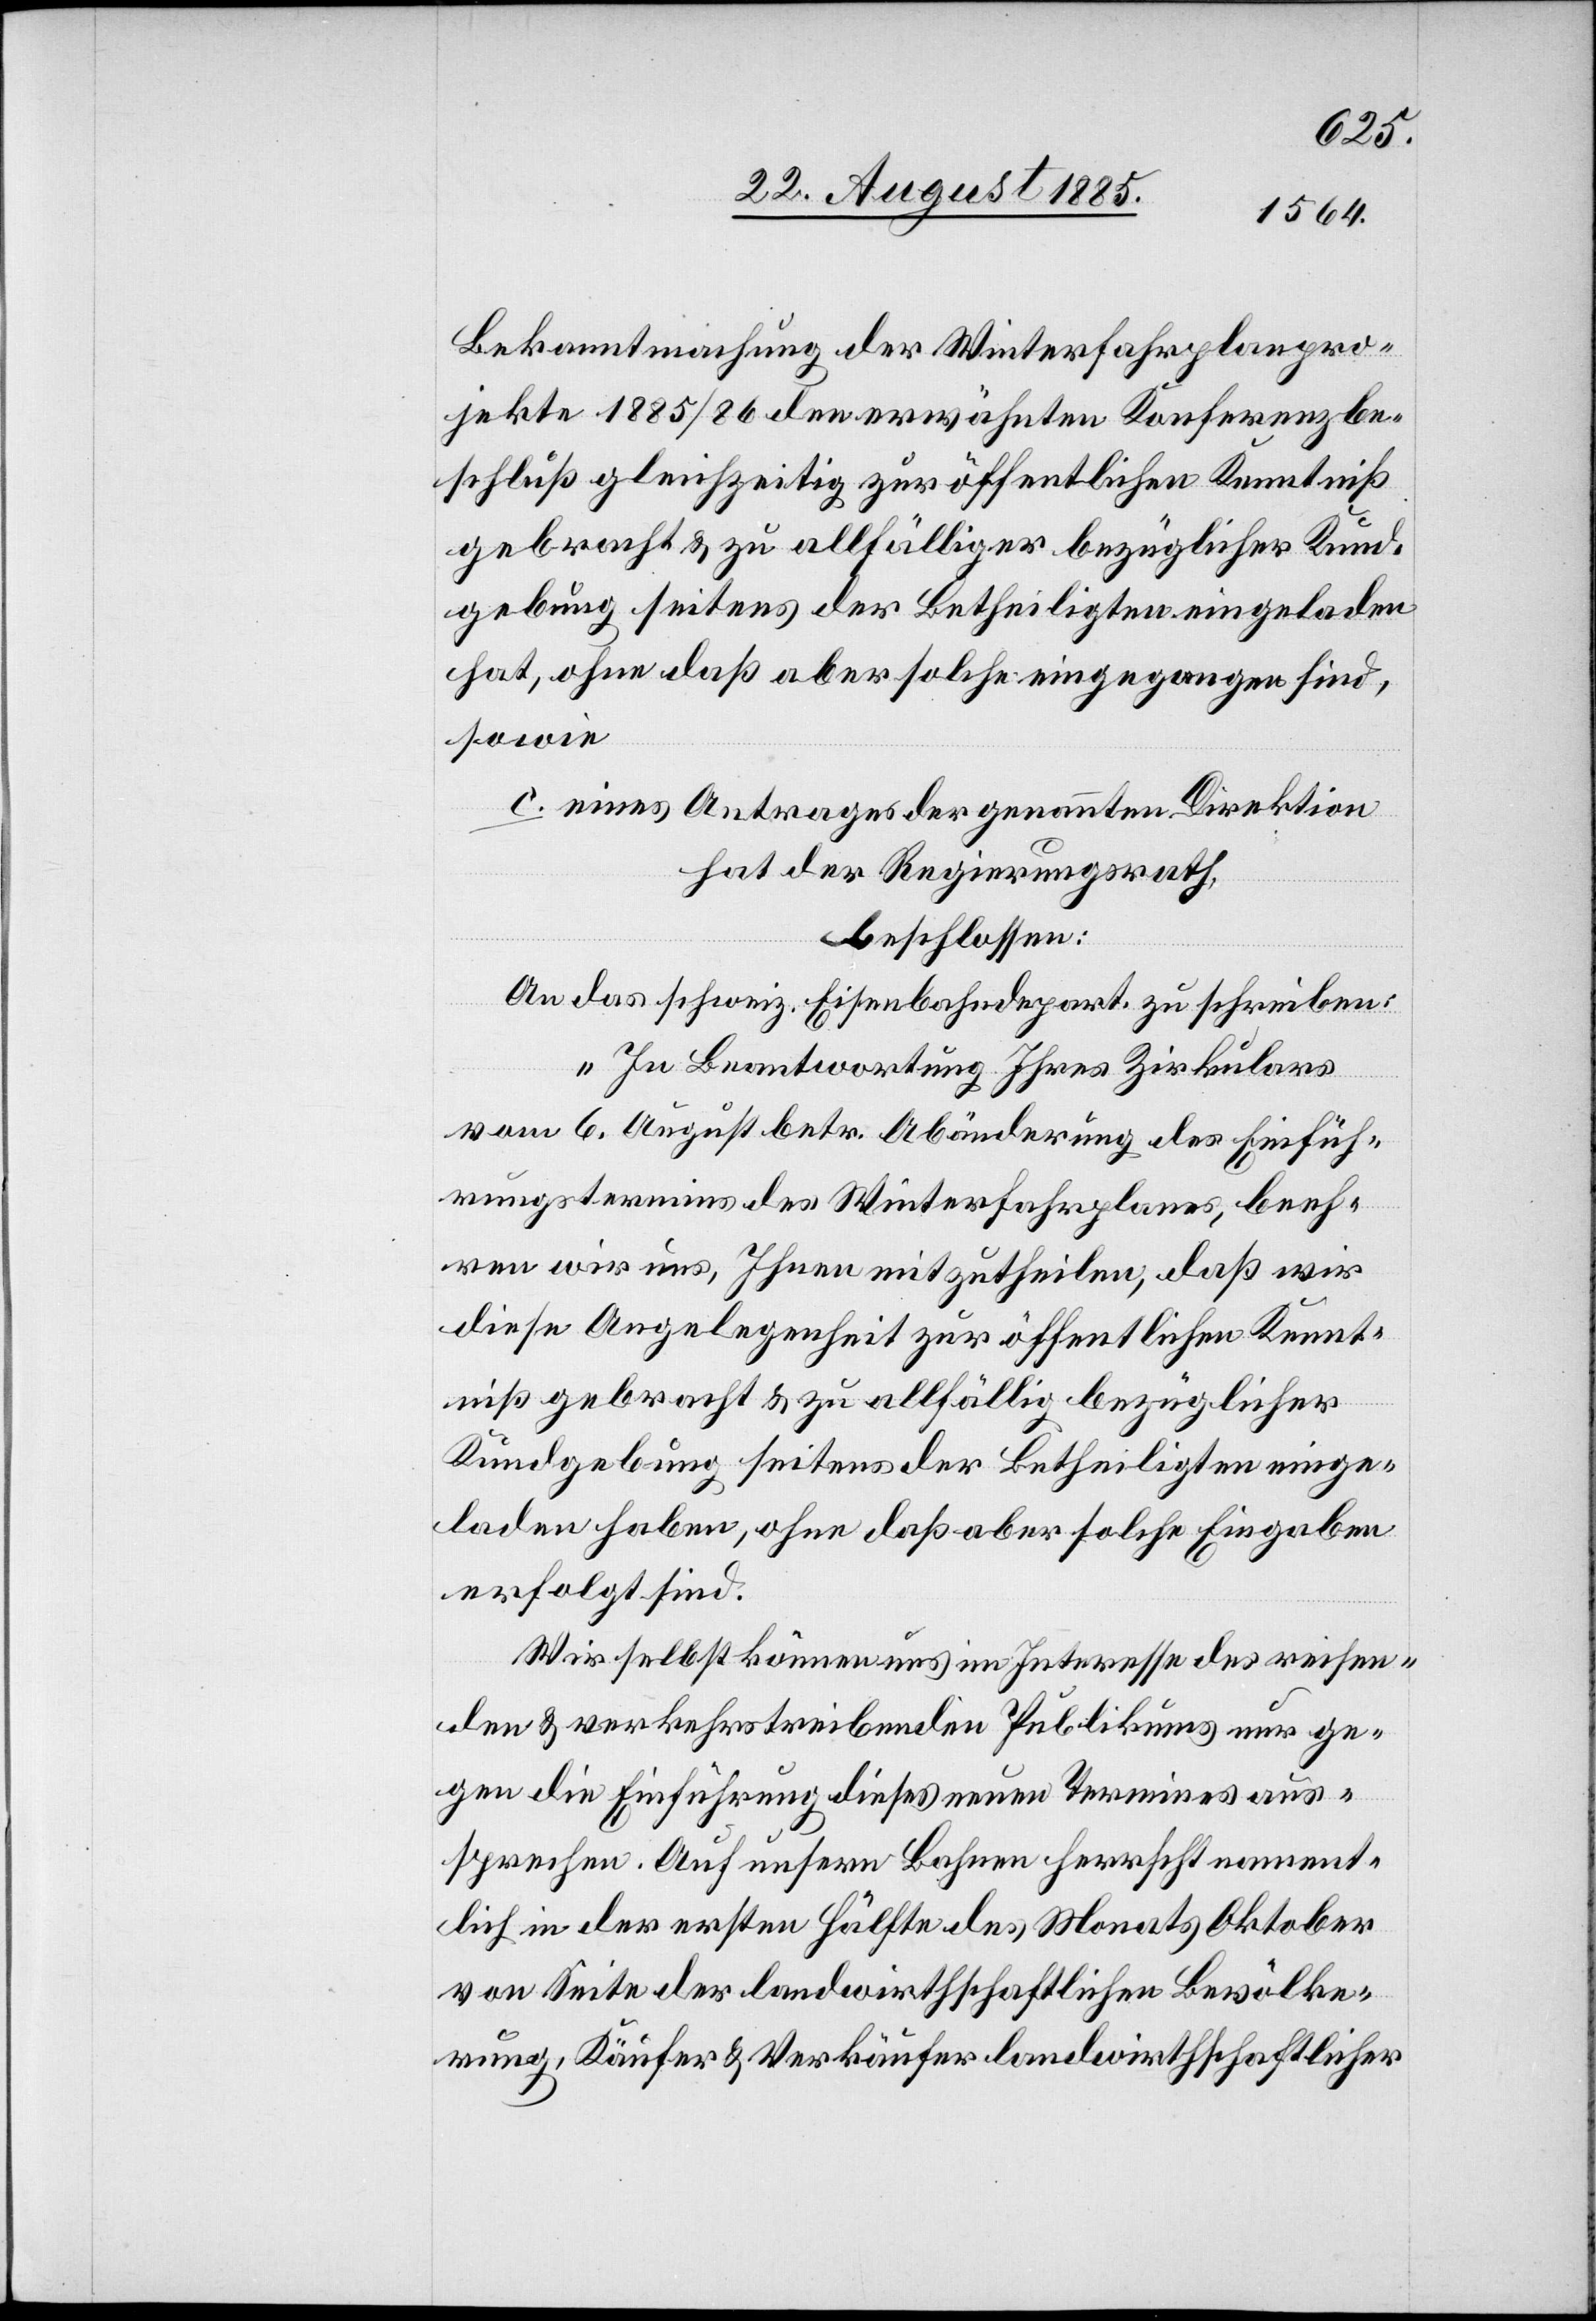
Bekanntmachung der Winterfahrplanpro¬
jekte 1885/86 den erwähnten Konferenzbe¬
schluß gleichzeitig zur öffentlichen Kenntniß
gebracht & zu allfälliger bezüglicher Kund¬
gebung seitens der Betheiligten eingeladen
hat, ohne daß aber solche eingegangen sind,
sowie
c. eines Antrages der genannten Direktion
hat der Regierungsrath,
beschlossen:
An das schweiz. Eisenbahndepart. zu schreiben:
„In Beantwortung Ihres Zirkulares
vom 6. August betr. Abänderung des Einfüh¬
rungstermins des Winterfahrplanes, beeh¬
ren wir uns, Ihnen mitzutheilen, daß wir
diese Angelegenheit zur öffentlichen Kennt¬
niß gebracht & zu allfällig bezüglicher
Kundgebung seitens der Betheiligten einge¬
laden haben, ohne daß aber solche Eingaben
erfolgt sind.
Wir selbst können uns im Interesse des rechnen¬
den & verkehrstreibenden Publikums nur ge¬
gen die Einführung dieses neuen Termins aus¬
sprechen. Auf unsern Bahnen herrscht nament¬
lich in der ersten Hälfte des Monats Oktober
von Seite der landwirthschaftlichen Bevölke¬
rung, Käufer & Verkäufer landwirthschaftlicher